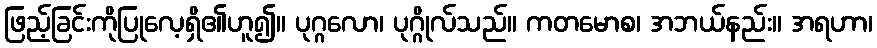
ဖြည့်ခြင်းကိုပြုလေ့ရှိ၏ဟူ၍။ ပုဂ္ဂလော၊ ပုဂ္ဂိုလ်သည်။ ကတမောစ၊ အဘယ်နည်း။ အရဟာ၊